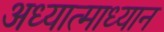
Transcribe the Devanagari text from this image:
अध्यात्माध्यान